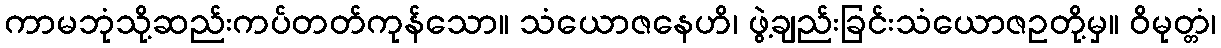
ကာမဘုံသို့ဆည်းကပ်တတ်ကုန်သော။ သံယောဇနေဟိ၊ ဖွဲ့ချည်းခြင်းသံယောဇဥတို့မှ။ ဝိမုတ္တံ၊